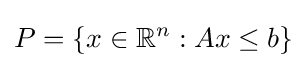
P=\{x\in \mathbb {R} ^{n}:Ax\leq b\}